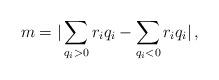
LaTeX: \begin{align*}m = |\sum_{q_{i}>0}r_{i} q_{i} -\sum_{q_{i}<0}r_{i} q_{i}|\, ,\end{align*}